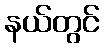
နယ်တွင်